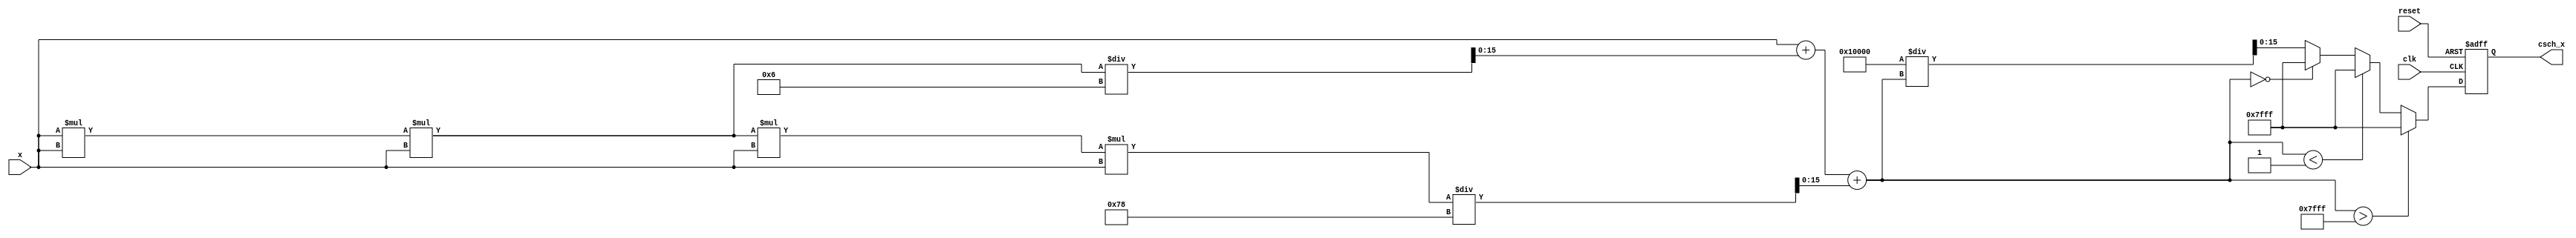
module csch(
    input wire signed [15:0] x, // Input x (fixed-point representation)
    output reg signed [15:0] csch_x, // Output csch(x)
    input wire clk,
    input wire reset
);

    // Internal signals
    reg signed [15:0] sinh_x;
    reg signed [15:0] reciprocal_sinh_x;

    // Parameters for sinh approximation (using Taylor series or polynomial)
    parameter [15:0] MAX_VALUE = 16'h7FFF; // Max representable value
    parameter [15:0] MIN_VALUE = 16'h0001; // Min value to avoid division by zero

    // Function to approximate sinh(x) using a simple polynomial
    function signed [15:0] sinh_approx;
        input signed [15:0] x;
        begin
            // Example polynomial approximation for sinh(x) = x + x^3/6 + x^5/120
            sinh_approx = x + (x * x * x) / 6 + (x * x * x * x * x) / 120;
        end
    endfunction

    // Function to calculate reciprocal
    function signed [15:0] reciprocal;
        input signed [15:0] value;
        begin
            if (value == 0) begin
                reciprocal = 16'h7FFF; // Define output for infinity
            end else begin
                reciprocal = (1 << 16) / value; // Approximate reciprocal (Q16 format)
            end
        end
    endfunction

    // Always block to compute csch
    always @(posedge clk or posedge reset) begin
        if (reset) begin
            csch_x <= 0;
        end else begin
            // Compute sinh(x)
            sinh_x = sinh_approx(x);

            // Check for overflow/underflow conditions
            if (sinh_x > MAX_VALUE) begin
                csch_x <= MAX_VALUE; // Saturate at max
            end else if (sinh_x < MIN_VALUE) begin
                csch_x <= 16'h7FFF; // Output for csch(x) if sinh(x) is zero
            end else begin
                // Compute reciprocal of sinh(x)
                reciprocal_sinh_x = reciprocal(sinh_x);
                csch_x <= reciprocal_sinh_x;
            end
        end
    end

endmodule